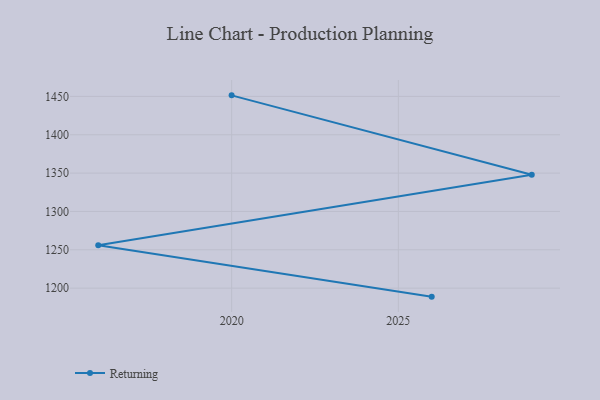
{"axis": {"x": "Year", "y": "Conversion Rate (%)"}, "legend": ["Returning"], "data": [{"x": "2020", "y": 1451.4, "type": "Returning"}, {"x": "2029", "y": 1347.8, "type": "Returning"}, {"x": "2016", "y": 1255.9, "type": "Returning"}, {"x": "2026", "y": 1188.9, "type": "Returning"}]}